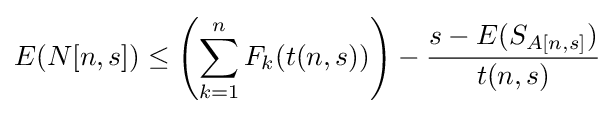
E(N[n,s])\leq \left(\sum _{k=1}^{n}F_{k}(t(n,s))\right)-{\frac {s-E(S_{A[n,s]})}{t(n,s)}}